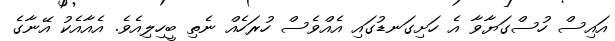
އައިސް ހުސްގަޔާވާ އެ ހަށިގަނޑުގައި އެއްވެސް ހުރަހެއް ނެތި ބީހިލިއެވެ. އެއާއެކު އޭނާގެ